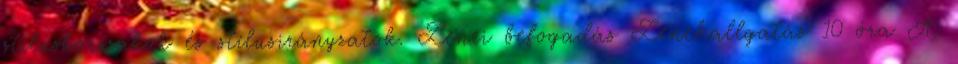
stíluskorszakok és stílusirányzatok. Zenei befogadás Zenehallgatás 10 óra A